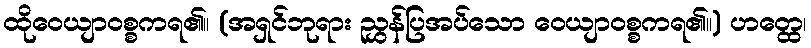
ထိုဝေယျာဝစ္စကရ၏။ (အရှင်ဘုရား ညွှန်ပြအပ်သော ဝေယျာဝစ္စကရ၏။) ဟတ္ထေ၊